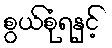
စွယ်စုံရနှင့်